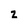
Character: z